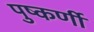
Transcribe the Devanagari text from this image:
पुष्कर्णी